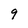
Character: 9